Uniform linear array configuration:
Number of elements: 12
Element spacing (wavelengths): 0.75
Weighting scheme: binomial
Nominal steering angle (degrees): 60
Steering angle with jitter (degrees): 60.937
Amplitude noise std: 0.05
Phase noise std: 0.05

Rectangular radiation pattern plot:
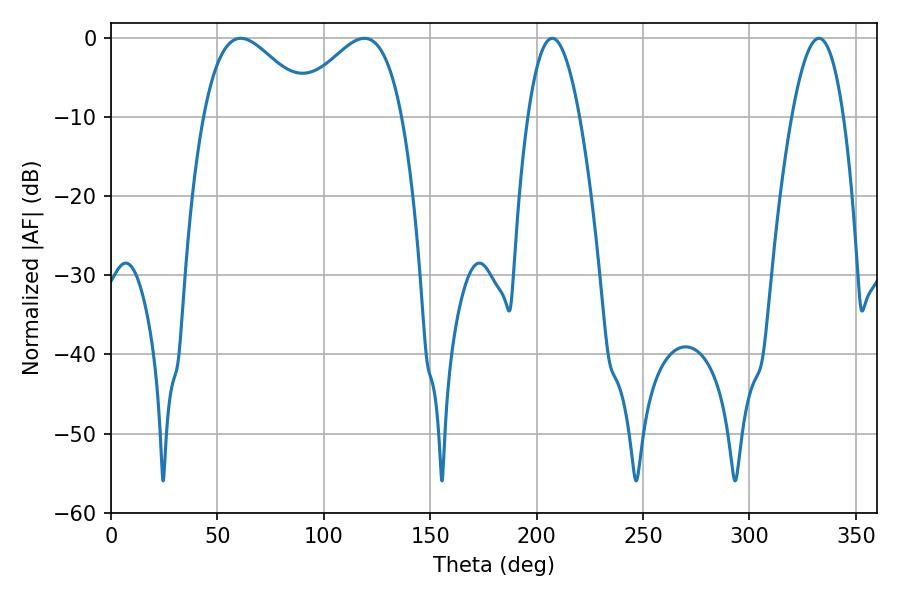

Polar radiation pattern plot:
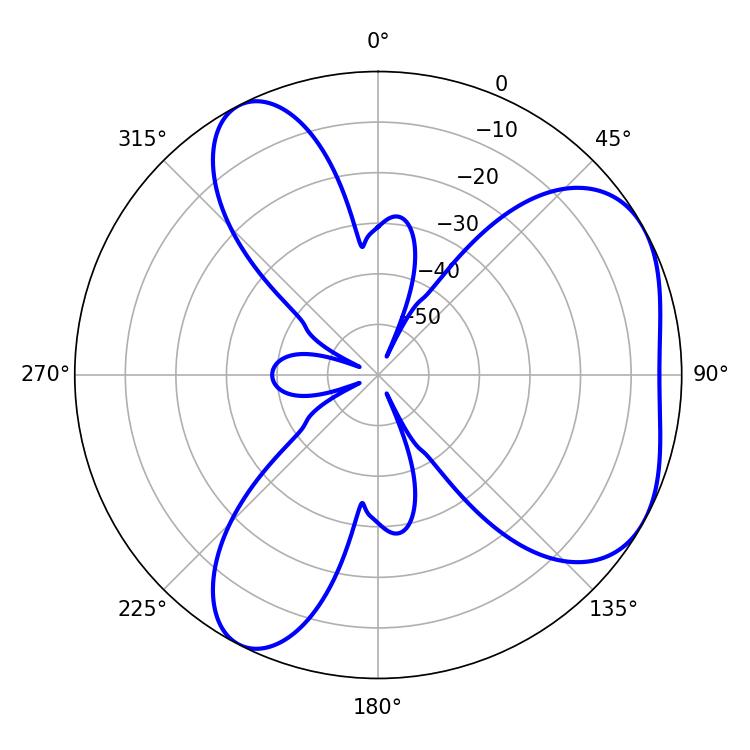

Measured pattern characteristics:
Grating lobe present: TRUE
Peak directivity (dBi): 4.735
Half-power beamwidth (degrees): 13.32
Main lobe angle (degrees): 207.36